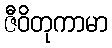
ဇီဝိတုကာမာ